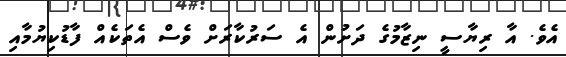
އެވެ. އާ ރިޔާސީ ނިޒާމުގެ ދަށުން އެ ސަރުކާރަށް ވެސް އެތަކެއް ފާޑުކިޔުމާއި